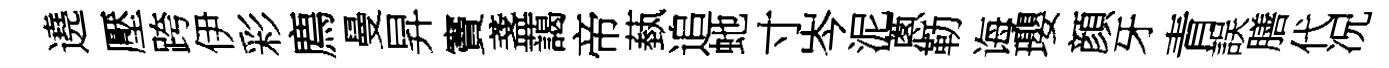
遶壓跨伊彩廌曼昇竇盞藹帝蓺追虵寸岑泥蔥勒诲瓔顔牙青誤膳代况